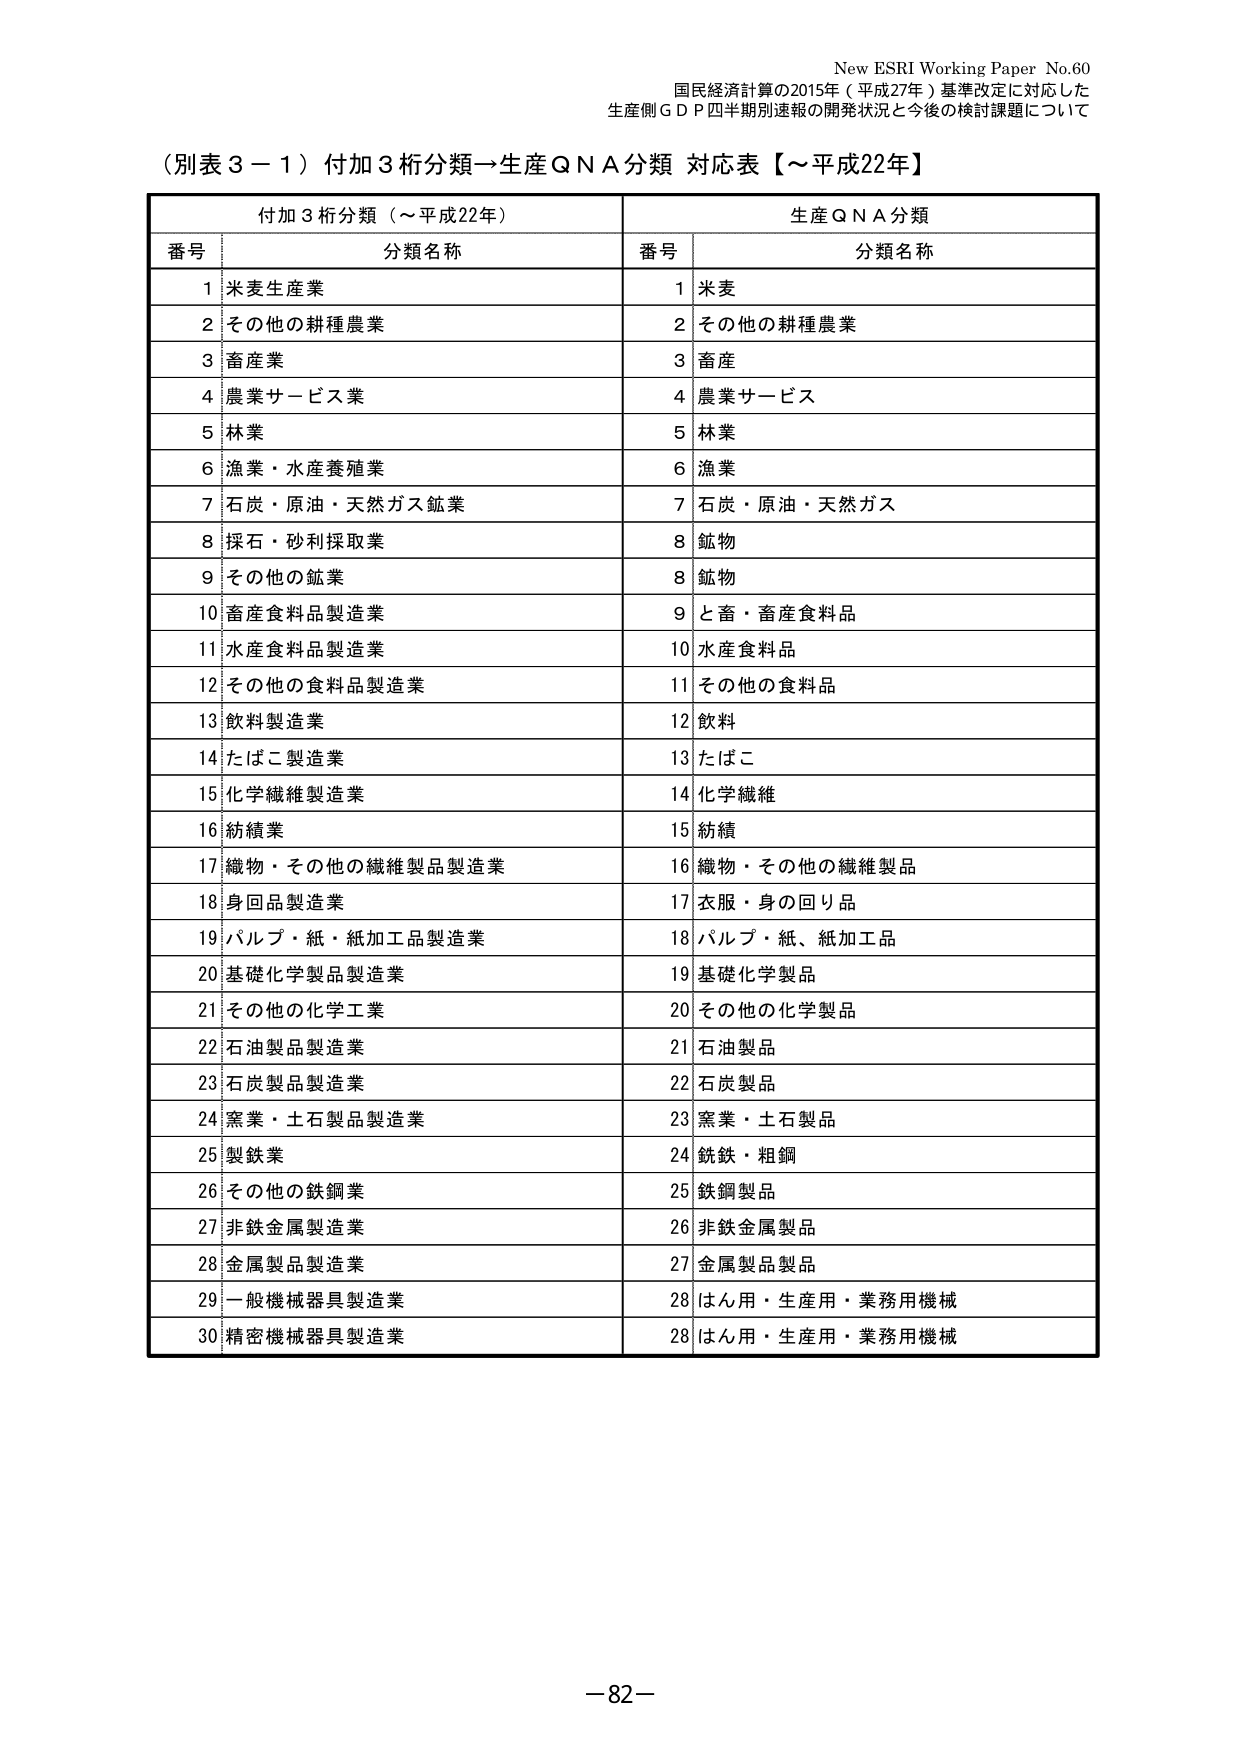
New ESRI Working Paper No.60
国民経済計算の2015年（平成27年）基準改定に対応した
生産側ＧＤＰ四半期別速報の開発状況と今後の検討課題について

（別表３－１）付加３析分類→生産ＱＮＡ分類 対応表【～平成22年】

付加３析分類（～平成22年）　　　　　　　　　　　生産ＱＮＡ分類
番号　分類名称　　　　　　　　　　　　　　　　　番号　分類名称
1　米麦生産業　　　　　　　　　　　　　　　　　1　米麦
2　その他の耕種農業　　　　　　　　　　　　　　2　その他の耕種農業
3　畜産業　　　　　　　　　　　　　　　　　　　3　畜産
4　農業サービス業　　　　　　　　　　　　　　　4　農業サービス
5　林業　　　　　　　　　　　　　　　　　　　　5　林業
6　漁業・水産養殖業　　　　　　　　　　　　　　6　漁業
7　石炭・原油・天然ガス鉱業　　　　　　　　　　7　石炭・原油・天然ガス
8　採石・砂利採取業　　　　　　　　　　　　　　8　鉱物
9　その他の鉱業　　　　　　　　　　　　　　　　8　鉱物
10　畜産食料品製造業　　　　　　　　　　　　　　9　と畜・畜産食料品
11　水産食料品製造業　　　　　　　　　　　　　　10　水産食料品
12　その他の食料品製造業　　　　　　　　　　　　11　その他の食料品
13　飲料製造業　　　　　　　　　　　　　　　　12　飲料
14　たばこ製造業　　　　　　　　　　　　　　　　13　たばこ
15　化学繊維製造業　　　　　　　　　　　　　　14　化学繊維
16　紡績業　　　　　　　　　　　　　　　　　　15　紡績
17　織物・その他の繊維製品製造業　　　　　　　16　織物・その他の繊維製品
18　身回品製造業　　　　　　　　　　　　　　　　17　衣服・身の回り品
19　パルプ・紙・紙加工品製造業　　　　　　　　18　パルプ・紙、紙加工品
20　基礎化学製品製造業　　　　　　　　　　　　19　基礎化学製品
21　その他の化学工業　　　　　　　　　　　　　　20　その他の化学製品
22　石油製品製造業　　　　　　　　　　　　　　21　石油製品
23　石炭製品製造業　　　　　　　　　　　　　　22　石炭製品
24　窯業・土石製品製造業　　　　　　　　　　　23　窯業・土石製品
25　製鉄業　　　　　　　　　　　　　　　　　　24　鋳鉄・粗鋼
26　その他の鉄鋼業　　　　　　　　　　　　　　25　鉄鋼製品
27　非鉄金属製造業　　　　　　　　　　　　　　26　非鉄金属製品
28　金属製品製造業　　　　　　　　　　　　　　27　金属製品製品
29　一般機械器具製造業　　　　　　　　　　　　28　はん用・生産用・業務用機械
30　精密機械器具製造業　　　　　　　　　　　　28　はん用・生産用・業務用機械

－82－